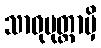
သာဓုမုတ္တာမှိ